Report by Surgeon-Major Lyons, I.M.S., President of the Plague Research Committee - Part I
Disease focus: Plague
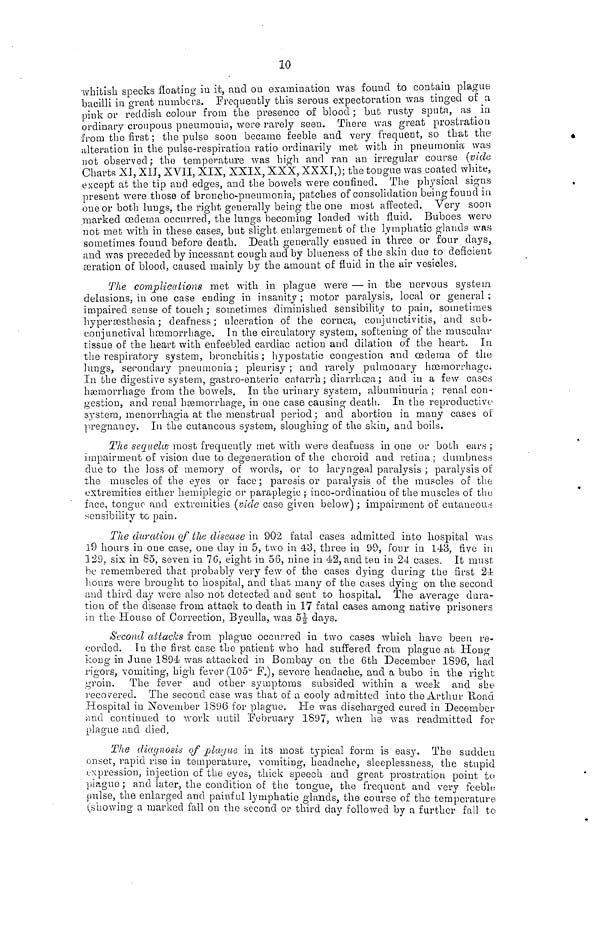
10
whitish specks floating in it, and ou examination was found to contain plague
bacilli in great numbers. Frequently this serous expectoration was tinged of a
pink or reddish colour from the presence of blood; but rusty sputa, as in
ordinary croupems pneumonia, were rarely seen. There was great prostration
from the first ; the pulse soon became feeble and very frequent, so that the?
alteration in the pulse-respiration ratio ordinarily met with in pneumonia was
not observed; the temperature was high and ran an irregular course (vide
Charts XI, XII, XVII, XIX, XXIX,XXX, XXXI,); the tongue was coated white,
except at the tip and edges, and the bowels were confined. The physical signs
present were those of broncho-pneumonia, patches of consolidation being found in
one or both lungs, the right generally being the one most affected. Very soon
marked oedema occurred, the lungs becoming loaded with fluid. Buboes were
not met with in these cases, but slight enlargement of the lymphatic glands was
sometimes found before death. Death generally ensued in three or four days,
and was preceded by incessant cough and by blueness of the skin due to deficient
teration of blood, caused mainly by the amount of fluid in the air vesicles.
The complications met with in plague were — in the nervous system
delusions, in one case ending in insanity ; motor paralysis, local or general ;
impaired sense of touch ; sometimes diminished sensibility to pain, sometimes
hyperaesthesia ; deafness; ulceration of the cornea, conjunctivitis, and sub-
conjunctival haemorrhage. In the circulatory system, softening of the muscular
tissue of the heart with enfeebled cardiac action and dilation of the heart. In
the respiratory system, bronchitis; hypostatic congestion and oedema of the
lungs, secondary pneumonia ; pleurisy ; and rarely pulmonary haemorrhage.
In the digestive system gastro-enteric catarrh; diarrhoea; and in a few cases
haemorrhage from the bowels. In the urinary system, albuminuria ; renal con-
gestion, and renal hoemorrhage, in one case causing death. In the reproductive
system, menorrhagia at the menstrual period ; and abortion in many cases of
pregnancy. In the cutaneous system, sloughing of the skin, and boils.
The sequeléhe most frequently met with were deafness in one or both ears ;
impairment of vision due to degeneration of the choroid and retina: dumbness
due to the loss of memory of words, or to laryngeal paralysis ; paralysis of
the muscles of the eyes or face; paresis or paralysis of the muscles of the
extremities either hemiplegie or paraplegic ; inco-ordination of the muscles of the
face, tongue and extremities (vide case given below) ; impairment of cutaneous
sensibility to pain.
The duration of the disease in 902 fatal cases admitted into hospital was
19 hours in one case, one day in 5, two in 43, three in 9.9, four in 143, five in
129, six in 85, seven in 76, eight in 56, nine in 42, and ten in 24 cases. It must
be remembered that probably very few of the cases dying during the first 24
hours were brought to hospital, and that many of the cases dying on the second
and third day were also not detected and sent to hospital. The average dura-
tion of the disease from attack to death in 17 fatal cases among native prisoners
in the House of Correction, Byculla, was 5½ days.
Second attacks from plague occurred in two cases which have been re-
corded. In the first case the patient who had suffered from plague at Hong
kong in June 1894 was attacked in Bombay on the 6th December 1896, had
rigors, vomiting, high fever (105 F.), severe headache, and a bubo in the 'right
groin. The fever and other symptoms subsided within a week and she
recovered. The second case was that of a cooly admitted into the Arthur "Road
Hospital in November 1896 for plague. Pie was discharged cured in December
and continued to work until February 1897, when he was readmitted for
plague and died.
The diagnosis of plague in its most typical form is easy. The sudden
onset, rapid rise in temperature, vomiting, headache, sleeplessness, the stupid
expression, injection of the eyes, thick speech and great prostration point to
piague; and later, the condition of the tongue, the frequent and very feeble
pulse, the enlarged and painful lymphatic glands, the course of the temperature
showing a marked fall on the second or third day followed by a further fall to